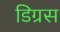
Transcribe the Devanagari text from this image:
डिग्रस